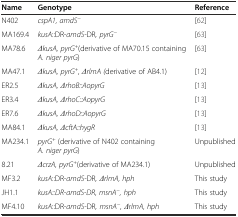
<table><thead><tr><td><b>Name</b></td><td><b>Genotype</b></td><td><b>Reference</b></td></tr></thead><tbody><tr><td>N402</td><td><i>cspA1, amdS</i><sup><i>−</i></sup></td><td>[62]</td></tr><tr><td>MA169.4</td><td><i>kusA</i>::DR<i>-amdS-</i> DR<i>, pyrG</i><sup><i>−</i></sup></td><td>[63]</td></tr><tr><td>MA78.6</td><td><i>ΔkusA, pyrG</i><sup><i>+</i></sup>(derivative of MA70.15 containing <i>A. niger pyrG</i>)</td><td>[63]</td></tr><tr><td>MA47.1</td><td><i>ΔkusA, pyrG</i><sup><i>+</i></sup>, <i>ΔrlmA (</i> derivative of AB4.1)</td><td>[12]</td></tr><tr><td>ER2.5</td><td><i>ΔkusA, ΔrhoB::AopyrG</i></td><td>[13]</td></tr><tr><td>ER3.4</td><td><i>ΔkusA, ΔrhoC::AopyrG</i></td><td>[13]</td></tr><tr><td>ER7.6</td><td><i>ΔkusA, ΔrhoD::AopyrG</i></td><td>[13]</td></tr><tr><td>MA84.1</td><td><i>ΔkusA, ΔcftA::hygR</i></td><td>[13]</td></tr><tr><td>MA234.1</td><td><i>pyrG</i><sup><i>+</i></sup> (derivative of N402 containing <i>A. niger pyrG</i>)</td><td>Unpublished</td></tr><tr><td>8.21</td><td><i>ΔcrzA, pyrG</i><sup><i>+</i></sup>(derivative of MA234.1)</td><td>Unpublished</td></tr><tr><td>MF3.2</td><td><i>kusA</i>::DR<i>-amdS-</i> DR<i>, ΔrlmA, hph</i></td><td>This study</td></tr><tr><td>JH1.1</td><td><i>kusA::DR-amdS-DR, msnA</i><sup><i>−</i></sup><i>, hph</i></td><td>This study</td></tr><tr><td>MF4.10</td><td><i>kusA</i>::DR<i>-amdS-</i> DR<i>, msnA</i><sup><i>−</i></sup><i>, ΔrlmA, hph</i></td><td>This study</td></tr></tbody></table>